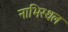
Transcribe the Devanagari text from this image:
नाभिस्थल